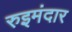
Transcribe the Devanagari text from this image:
रुइमंदार